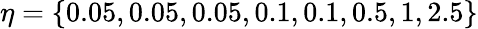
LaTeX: \eta=\{ 0.05,0.05,0.05,0.1,0.1,0.5,1,2.5\}